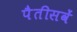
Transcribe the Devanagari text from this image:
पैतीसवें